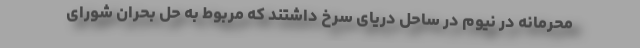
محرمانه در نیوم در ساحل دریای سرخ داشتند که مربوط به حل بحران شورای